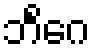
ဘိင်္ဂေ